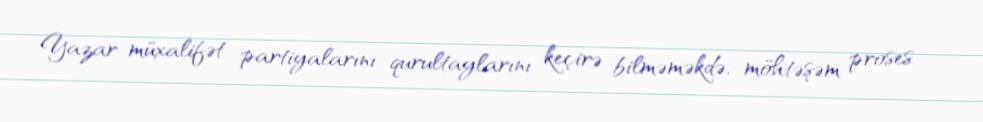
Yazar müxalifət partiyalarını qurultaylarını keçirə bilməməkdə, möhtəşəm proses